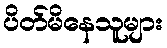
ပိတ်မိနေသူများ